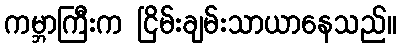
ကမ္ဘာကြီးက ငြိမ်းချမ်းသာယာနေသည်။